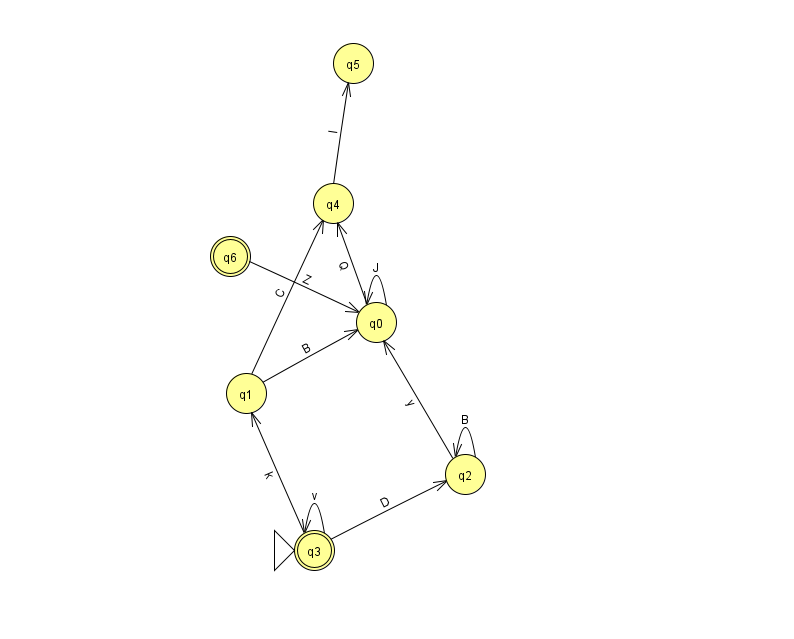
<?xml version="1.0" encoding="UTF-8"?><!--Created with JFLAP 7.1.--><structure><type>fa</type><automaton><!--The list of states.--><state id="0" name="q0"><x>376.0</x><y>309.0</y></state><state id="1" name="q1"><x>246.0</x><y>380.0</y></state><state id="2" name="q2"><x>465.0</x><y>461.0</y></state><state id="3" name="q3"><x>314.0</x><y>537.0</y><initial/><final/></state><state id="4" name="q4"><x>333.0</x><y>190.0</y></state><state id="5" name="q5"><x>353.0</x><y>50.0</y></state><state id="6" name="q6"><x>230.0</x><y>243.0</y><final/></state><!--The list of transitions.--><transition><from>2</from><to>2</to><read>B</read></transition><transition><from>2</from><to>0</to><read>y</read></transition><transition><from>3</from><to>3</to><read>v</read></transition><transition><from>1</from><to>0</to><read>B</read></transition><transition><from>0</from><to>4</to><read>Q</read></transition><transition><from>0</from><to>0</to><read>J</read></transition><transition><from>3</from><to>1</to><read>k</read></transition><transition><from>3</from><to>2</to><read>D</read></transition><transition><from>4</from><to>5</to><read>l</read></transition><transition><from>6</from><to>0</to><read>Z</read></transition><transition><from>1</from><to>4</to><read>C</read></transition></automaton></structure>